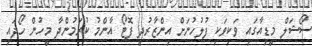
ސޯޝަލް މީޑިއާގައި ވަކިވަކި ފުލުހުނަށް އިންޒާރުދީ ފޮޓޯ އާންމު ކުރަމުންދާ މީހުން ހޯދައި